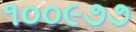
૧૦૦૯૭૭